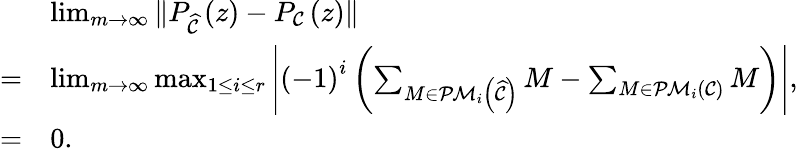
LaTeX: \begin{array}{rl}&{\operatorname*{lim}_{m\rightarrow\infty}\Vert P_{\widehat{\mathcal{C}}}\left(z\right)-P_{\mathcal{C}}\left(z\right)\Vert}\\ {=}&{\operatorname*{lim}_{m\rightarrow\infty}\operatorname*{max}_{1\leq i\leq r}\Bigg\vert\left(-1\right)^{i}\left(\sum_{M\in\mathcal{PM}_{i}\left(\widehat{\mathcal{C}}\right)}M-\sum_{M\in\mathcal{PM}_{i}\left(\mathcal{C}\right)}M\right)\Bigg\vert,}\\ {=}&{0.}\end{array}